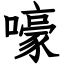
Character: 嚎